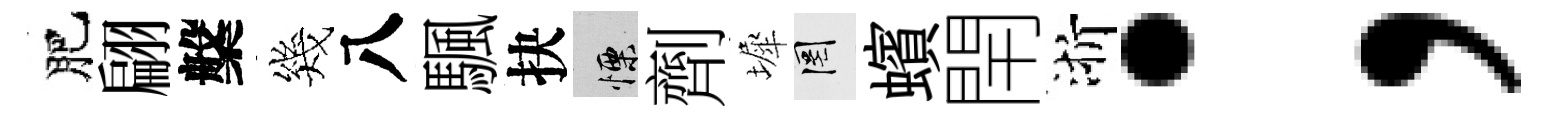
肥翩槃幾八颿抉慄劑墀罔蠙閈浙；